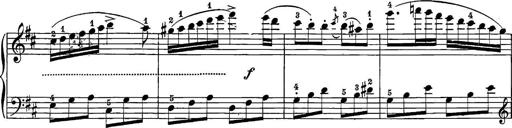
Title: 12 Sonatine per Pianoforte
Composer: Friedrich Kuhlau